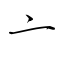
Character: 亠